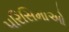
પરિસિમાઓ